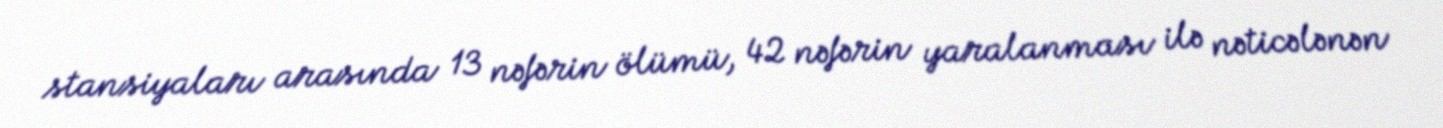
stansiyaları arasında 13 nəfərin ölümü, 42 nəfərin yaralanması ilə nəticələnən